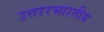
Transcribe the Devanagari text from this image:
उत्तररभारतीय